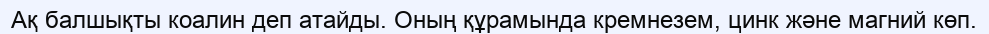
Ақ балшықты коалин деп атайды. Оның құрамында кремнезем, цинк және магний көп.